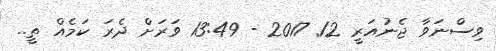
ވިސްނަވާ ޖެނުއަރީ 12